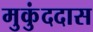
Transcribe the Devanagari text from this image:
मुकुंददास